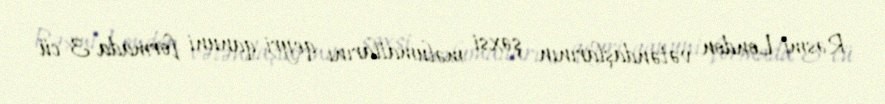
Rəsmi London vətəndaşlarının şəxsi məlumatlarını qeyri-qanuni formada 3-cü